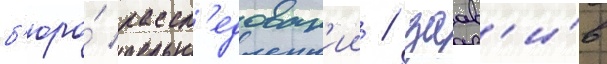
б'юро́ рассл'едован'ии / заав'и́в